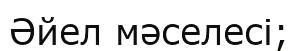
Әйел мәселесі;